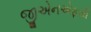
જીએનએફસી